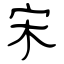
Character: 宋